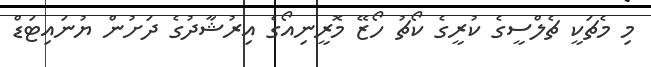
މި މެޗަކީ ޗެލްސީގެ ކުރީގެ ކޯޗު ހޯޒޭ މޮރީނިއޯގެ އިރުޝާދުގެ ދަށުން ޔުނައިޓަޑް